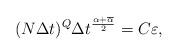
LaTeX: \begin{align*}(N\Delta t)^{Q}\Delta t^{\frac{\alpha+\overline{\alpha}}{2}}=C\varepsilon,\end{align*}